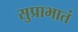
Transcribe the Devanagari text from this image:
सुप्राभातं